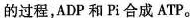
的过程，ADP和Pi合成ATP。